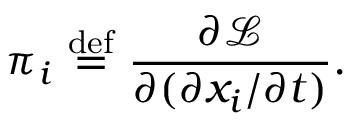
\pi _ { i } \ { \stackrel { \mathrm { d e f } } { = } } \ { \frac { \partial { \mathcal { L } } } { \partial ( \partial x _ { i } / \partial t ) } } .